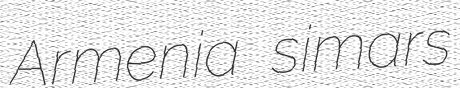
Armenia simars